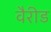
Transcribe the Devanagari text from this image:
वैरीड